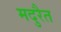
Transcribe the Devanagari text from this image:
मदुरैत